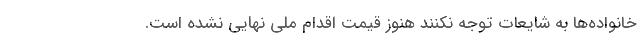
خانواده‌ها به شایعات توجه نکنند هنوز قیمت اقدام ملی نهایی نشده است.